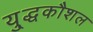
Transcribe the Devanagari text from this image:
यु्द्धकौशल